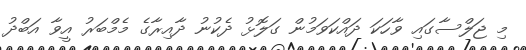
މި ޖަލްސާގައި ވާހަކަ ދައްކަވަމުން ގަލޮޅު ދެކުނު ދާއިރާގެ މެމްބަރު އީވާ އަބްދު